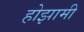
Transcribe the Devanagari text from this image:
होझामी